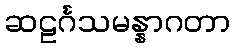
ဆဠင်္ဂသမန္နာဂတာ